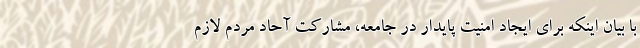
با بیان اینکه برای ایجاد امنیت پایدار در جامعه، مشارکت آحاد مردم لازم